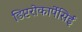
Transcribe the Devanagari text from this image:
डिप्टरोकार्पेसिई